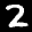
Digit: 2